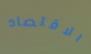
الاقتصاد